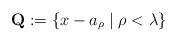
LaTeX: \begin{align*}\textbf{Q}:=\{x-a_\rho\mid \rho<\lambda\}\end{align*}